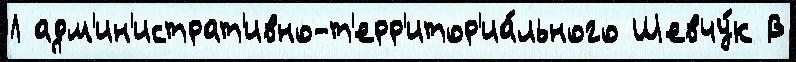
Л адм'ин'истрат'ивно-т'ерр'итор'иа́льного Шевчу́к В